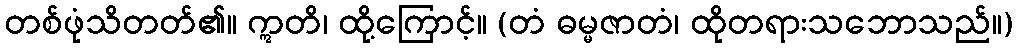
တစ်ဖုံသိတတ်၏။ ဣတိ၊ ထို့ကြောင့်။ (တံ ဓမ္မဇာတံ၊ ထိုတရားသဘောသည်။)